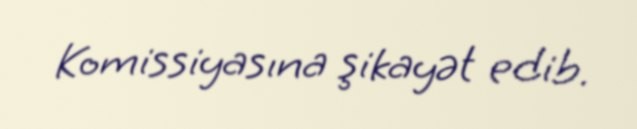
Komissiyasına şikayət edib.